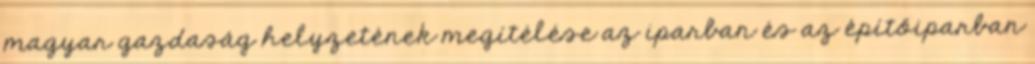
magyar gazdaság helyzetének megítélése az iparban és az építőiparban